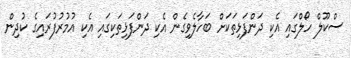
ސްކޫލް ހޯލްގައި އެކި ދަންފަޅިތަކަށް ބަހާލެވިގެން އެކި ދަންފަޅިތަކިގައި އެކި އުމުރުފުރައިގެ ކުދިން